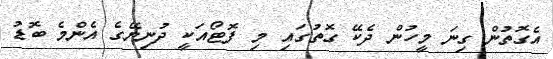
އެގޮތުން ގިނަ މީހުން ދެކޭ ގޮތުގައި މި ފޮޓޯއަކީ ދުނިޔޭގެ އެންމެ ބޮޑު